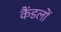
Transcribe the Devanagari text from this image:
कैंडलों